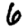
Digit: 6